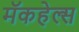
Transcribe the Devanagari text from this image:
मॅकहेल्स